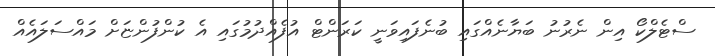
ސްޓެލްކޯ އިން ނެރުނު ބަޔާނެއްގައި ބުނެފައިވަނީ ކަރަންޓް އުފެއްދުމުގައި އެ ކުންފުންޏަށް މައްސަލައެއް